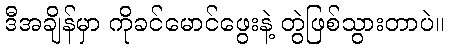
ဒီအချိန်မှာ ကိုခင်မောင်ဖွေးနဲ့ တွဲဖြစ်သွားတာပဲ။